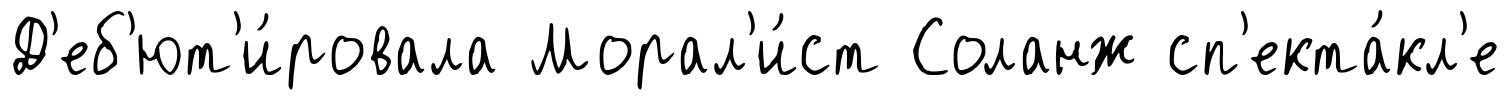
Д'еб'ют'и́ровала Морал'и́ст Соланж сп'екта́кл'е